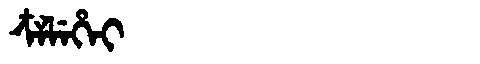
Manchu: ᠴᠶᠯᡝᡥᡝᡳ
Romanization: CYLEHEI